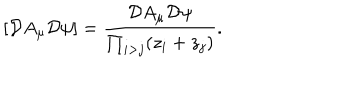
\left[ { \cal D } A _ { \mu } { \cal D } \psi \right] = \frac { { \cal D } A _ { \mu } { \cal D } \psi } { \prod _ { i > j } ( z _ { i } + z _ { j } ) } .